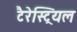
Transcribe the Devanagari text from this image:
टैरेस्ट्रियल